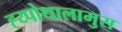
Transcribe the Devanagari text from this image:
ह्य्पोथालामुस